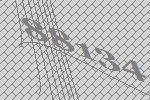
88134